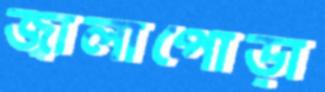
জ্বালাপোড়া